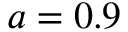
a = 0 . 9